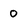
Character: 0